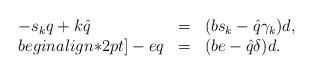
LaTeX: \begin{align*} \begin{array}{lll}-s_kq+k \hat{q}&=& (b s_k- \hat{q}\gamma_k) d,\\begin{align*}2pt]-eq &=& (be-\hat{q}\delta) d.\end{array}\end{align*}